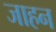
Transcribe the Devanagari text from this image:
जाहन